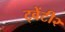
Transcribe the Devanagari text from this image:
ट्वेंटी२